system: You are a helpful assistant.
user:
Analyze the provided spectrum to determine if it is a **S-type Star**.

- **Key Indicators for S-type Star:**

    - **(Overall Spectrum Shape):** The first and most obvious characteristic is the overall continuum (the "baseline" shape). It is **extremely "red-sloping,"** meaning the flux (light intensity) is very low on the left side (blue, ~4000-4500 Å) and rises steeply and continuously toward the right side (red, ~7000 Å+).

    - **(Primary):** The spectrum is defined by the presence of strong, broad molecular absorption "valleys" (bands) from **Zirconium Oxide (ZrO)**. The identification of these bands is the **primary requirement** for classifying a star as S-type.
        - **(Key Bandheads):** You must find distinct, deep "dips" where the light has been absorbed. The most critical band systems to locate are:
            - **~6474 Å** ($\gamma$-system): This is often the strongest and clearest ZrO feature, found in the red part of the spectrum.
            - **~5718 Å** & **~5551 Å** ($\beta$-system): A pair of prominent absorption features in the yellow-orange part of the spectrum.
            - **~4640 Å** ($\alpha$-system): A key absorption band system in the blue-green region of the spectrum.

    - **(Secondary Confirmation):** The classification is strengthened by finding additional absorption bands from other related heavy element oxides, which are expected to be present alongside ZrO.
        - **(Key Bandheads):**
            - **Yttrium Oxide (YO):** Look for absorption dips near **~4800 Å** and **~6100 Å**.
            - **Lanthanum Oxide (LaO):** Additional absorption features, particularly in the red-orange part of the spectrum, are also characteristic.

    - **(Line Profile):** The combination of the steep red continuum and these numerous, deep molecular bands (ZrO, YO, etc.) gives the entire spectrum a very **"chopped-up"** or **"bumpy"** appearance. Instead of a smooth curve, the spectrum looks as though large, wide chunks of light have been "carved out" of it at the specific wavelengths listed above.

Think first, call **spectral_visualization_tool** if needed to examine features in detail, then provide your final answer. Your response must adhere to the following strict rules:
1.  **Overall Structure:** Your response must follow the format `<think>...</think> <tool_call>...</tool_call> (if a tool is used) <answer>...</answer>`.
2.  **Tool Usage Constraint:** You may only make **one** tool call per turn.
3.  **Final Answer Format:** In the `<answer>` tag, your conclusion must be inside a `\boxed{}` command (e.g., `\boxed{YES}` or `\boxed{NO}`), followed by your justification.

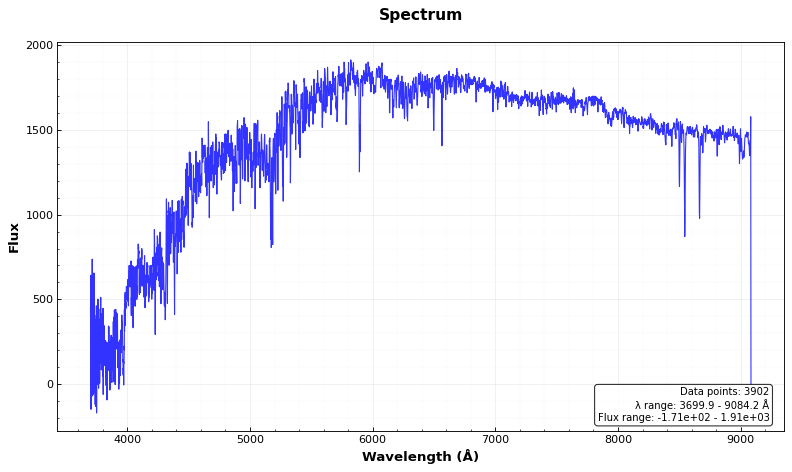
Answer: NO